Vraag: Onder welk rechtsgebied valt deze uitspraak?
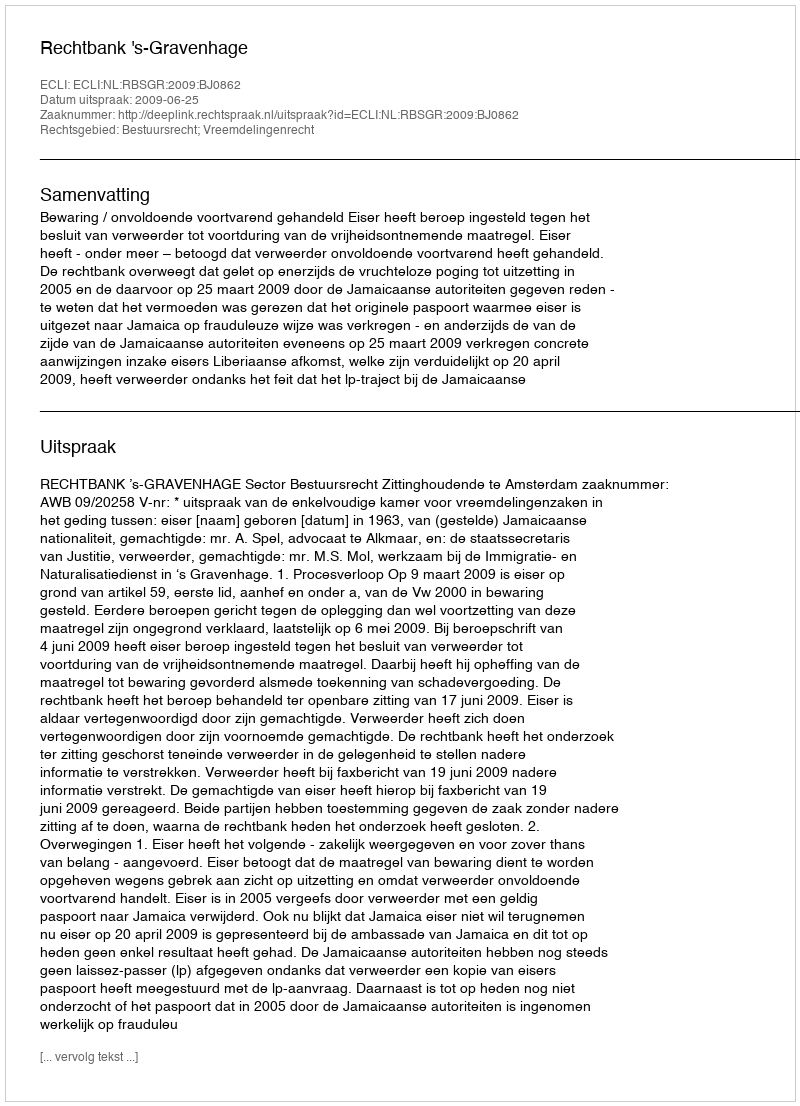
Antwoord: Bestuursrecht; Vreemdelingenrecht